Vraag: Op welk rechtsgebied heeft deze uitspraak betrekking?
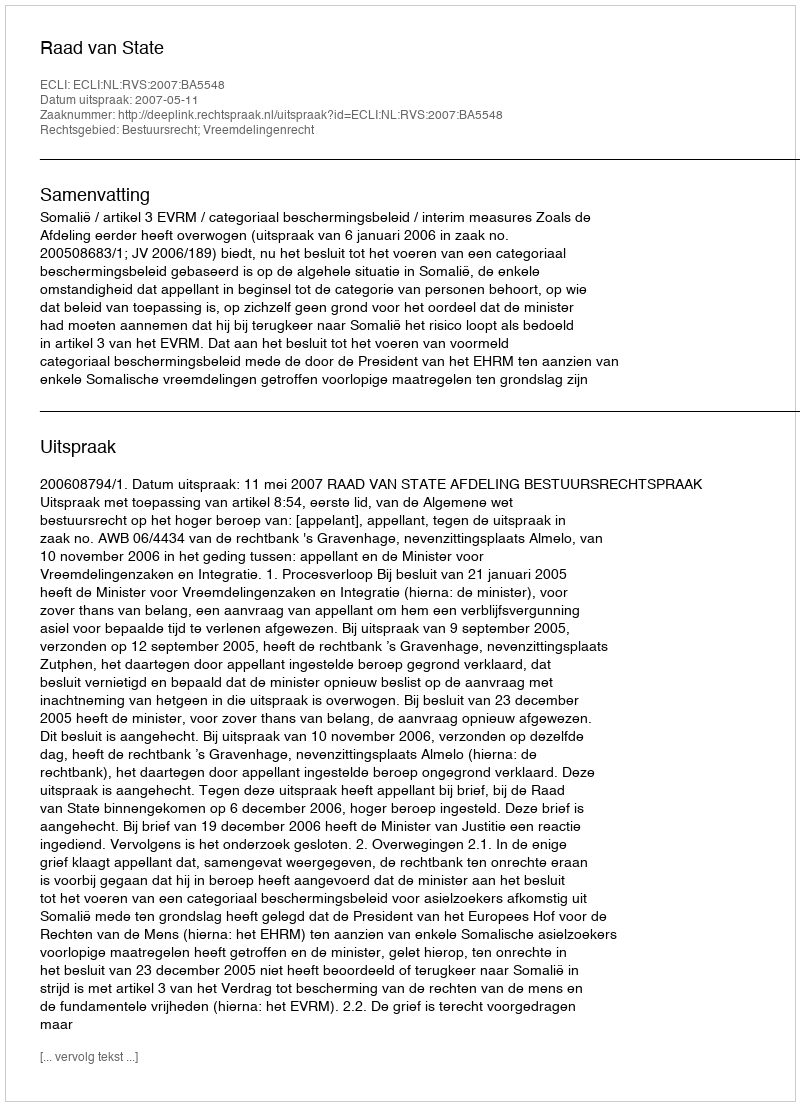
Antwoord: Bestuursrecht; Vreemdelingenrecht